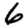
Digit: 6